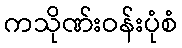
ကသိုဏ်းဝန်းပုံစံ